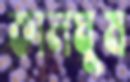
কালঘুম